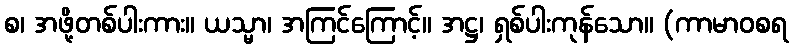
စ၊ အဖို့တစ်ပါးကား။ ယသ္မာ၊ အကြင်ကြောင့်။ အဋ္ဌ၊ ရှစ်ပါးကုန်သော။ (ကာမာဝစရ